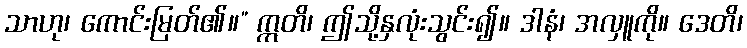
သာဟု၊ ကောင်းမြတ်၏။” ဣတိ၊ ဤသို့နှလုံးသွင်း၍။ ဒါနံ၊ အလှူကို။ ဒေတိ၊